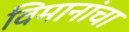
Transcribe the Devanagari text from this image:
विमानांंचा